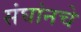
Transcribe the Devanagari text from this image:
संघांनचे